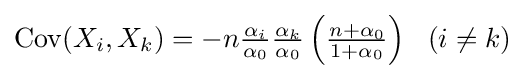
\textstyle {\mathrm {Cov} }(X_{i},X_{k})=-n{\frac {\alpha _{i}}{\alpha _{0}}}{\frac {\alpha _{k}}{\alpha _{0}}}\left({\frac {n+\alpha _{0}}{1+\alpha _{0}}}\right)~~(i\neq k)